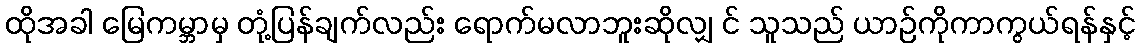
ထိုအခါ မြေကမ္ဘာမှ တုံ့ပြန်ချက်လည်း ရောက်မလာဘူးဆိုလျှ င် သူသည် ယာဉ်ကိုကာကွယ်ရန်နှင့်